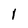
Character: 1